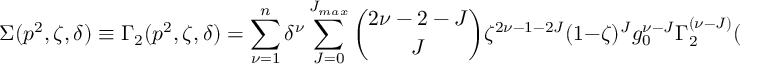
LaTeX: \Sigma ( p ^ { 2 } , \zeta , \delta ) \equiv \Gamma _ { 2 } ( p ^ { 2 } , \zeta , \delta ) = \sum _ { \nu = 1 } ^ { n } \delta ^ { \nu } \sum _ { J = 0 } ^ { J _ { m a x } } { \binom { 2 \nu - 2 - J } { J } } \zeta ^ { 2 \nu - 1 - 2 J } ( 1 - \zeta ) ^ { J } g _ { 0 } ^ { \nu - J } \Gamma _ { 2 } ^ { ( \nu - J ) } ( p ^ { 2 } ) .